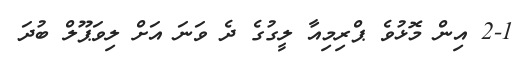
2-1 އިން މޮޅުވެ ޕްރިމިއާ ލީގުގެ ދެ ވަނަ އަށް ލިވަޕޫލް ބުދަ